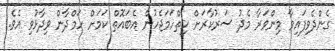
ގެންދެވިފައިވާ މިންވަރާ މެދު ސަރުކާރަށް ހިތްހަމަޖެހުން އެބައޮތް ކަމަށް ހަމްދާން ވިދާޅުވި އެވެ.